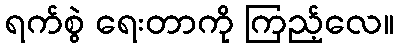
ရက်စွဲ ရေးတာကို ကြည့်လေ။